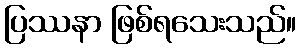
ပြဿနာ ဖြစ်ရသေးသည်။